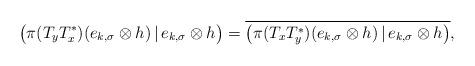
LaTeX: \begin{align*}\big(\pi(T_yT_x^*)(e_{k,\sigma}\otimes h)\,|\,e_{k,\sigma}\otimes h\big)=\overline{\big(\pi(T_xT_y^*)(e_{k,\sigma}\otimes h)\,|\,e_{k,\sigma}\otimes h\big)},\end{align*}